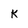
Character: k